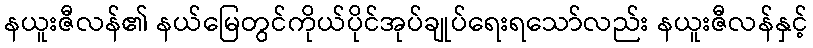
နယူးဇီလန်၏ နယ်မြေတွင်ကိုယ်ပိုင်အုပ်ချုပ်ရေးရသော်လည်း နယူးဇီလန်နှင့်